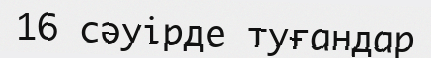
16 сәуірде туғандар